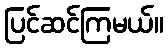
ပြင်ဆင်ကြမယ်။